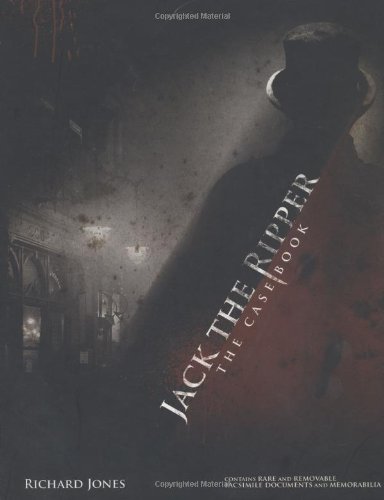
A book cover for Jack the Ripper: The Casebook; Richard Jones; Biographies & Memoirs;